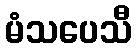
မံသပေသီ